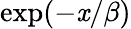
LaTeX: \exp(-\mathit{x}/\beta)